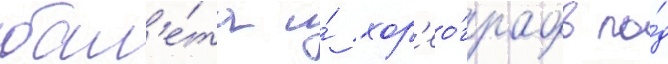
бал'е́та и́ хор'ео́графов по́д